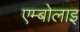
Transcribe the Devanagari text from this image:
एम्बोलाइ